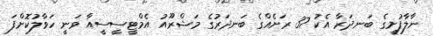
ނާލާފުށީގެ ބަނދަރާ އެކު 37 ރަށެއްގެ ބަނދަރުގެ މަޝްރޫއު އެމްޓީސީސީއާ ވަނީ ހަވާލުކޮށްފަ